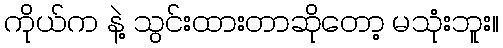
ကိုယ်က နဲ့ သွင်းထားတာဆိုတော့ မသုံးဘူး။